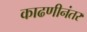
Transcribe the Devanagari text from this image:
काढणीनंतर